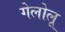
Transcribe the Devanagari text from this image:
गेलोलू